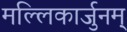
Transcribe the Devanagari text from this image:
मल्लिकार्जुनम्